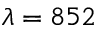
\lambda = 8 5 2